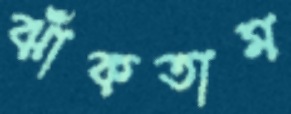
ঝাঁকতাম